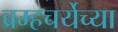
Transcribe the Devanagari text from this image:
ब्रम्हचर्येच्या